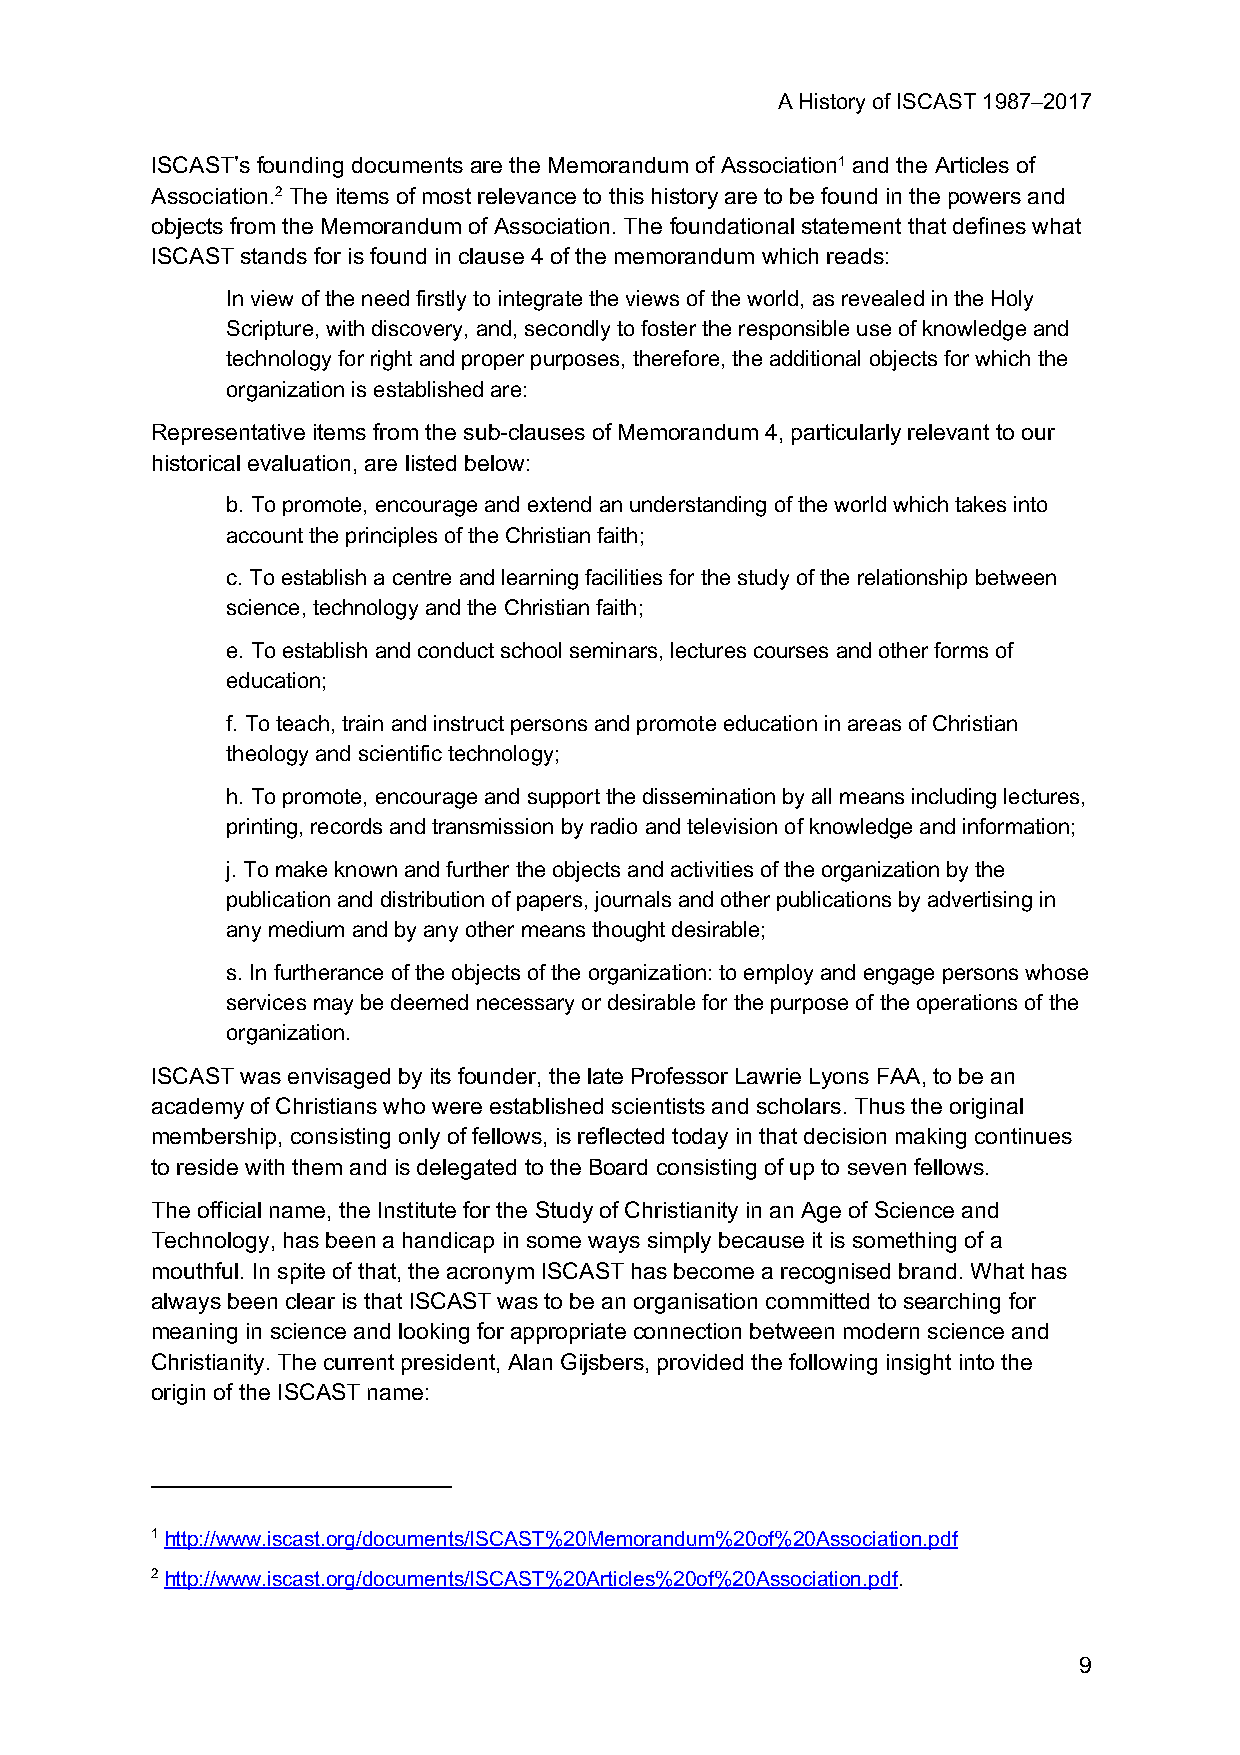
A History of ISCAST 1987–2017
 ISCAST’s founding documents are the Memorandum of Association1 and the Articles of
 Association.2 The items of most relevance to this history are to be found in the powers and
 objects from the Memorandum of Association. The foundational statement that defines what
 ISCAST stands for is found in clause 4 of the memorandum which reads:
 In view of the need firstly to integrate the views of the world, as revealed in the Holy
 Scripture, with discovery, and, secondly to foster the responsible use of knowledge and
 technology for right and proper purposes, therefore, the additional objects for which the
 organization is established are:
 Representative items from the sub-clauses of Memorandum 4, particularly relevant to our
 historical evaluation, are listed below:
 b. To promote, encourage and extend an understanding of the world which takes into
 account the principles of the Christian faith;
 c. To establish a centre and learning facilities for the study of the relationship between
 science, technology and the Christian faith;
 e. To establish and conduct school seminars, lectures courses and other forms of
 education;
 f. To teach, train and instruct persons and promote education in areas of Christian
 theology and scientific technology;
 h. To promote, encourage and support the dissemination by all means including lectures,
 printing, records and transmission by radio and television of knowledge and information;
 j. To make known and further the objects and activities of the organization by the
 publication and distribution of papers, journals and other publications by advertising in
 any medium and by any other means thought desirable;
 s. In furtherance of the objects of the organization: to employ and engage persons whose
 services may be deemed necessary or desirable for the purpose of the operations of the
 organization.
 ISCAST was envisaged by its founder, the late Professor Lawrie Lyons FAA, to be an
 academy of Christians who were established scientists and scholars. Thus the original
 membership, consisting only of fellows, is reflected today in that decision making continues
 to reside with them and is delegated to the Board consisting of up to seven fellows.
 The official name, the Institute for the Study of Christianity in an Age of Science and
 Technology, has been a handicap in some ways simply because it is something of a
 mouthful. In spite of that, the acronym ISCAST has become a recognised brand. What has
 always been clear is that ISCAST was to be an organisation committed to searching for
 meaning in science and looking for appropriate connection between modern science and
 Christianity. The current president, Alan Gijsbers, provided the following insight into the
 origin of the ISCAST name:
 1 http://www.iscast.org/documents/ISCAST%20Memorandum%20of%20Association.pdf
 2 http://www.iscast.org/documents/ISCAST%20Articles%20of%20Association.pdf.
 9